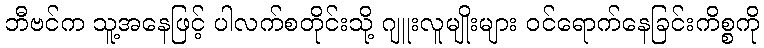
ဘီဗင်က သူ့အနေဖြင့် ပါလက်စတိုင်းသို့ ဂျူးလူမျိုးများ ဝင်ရောက်နေခြင်းကိစ္စကို